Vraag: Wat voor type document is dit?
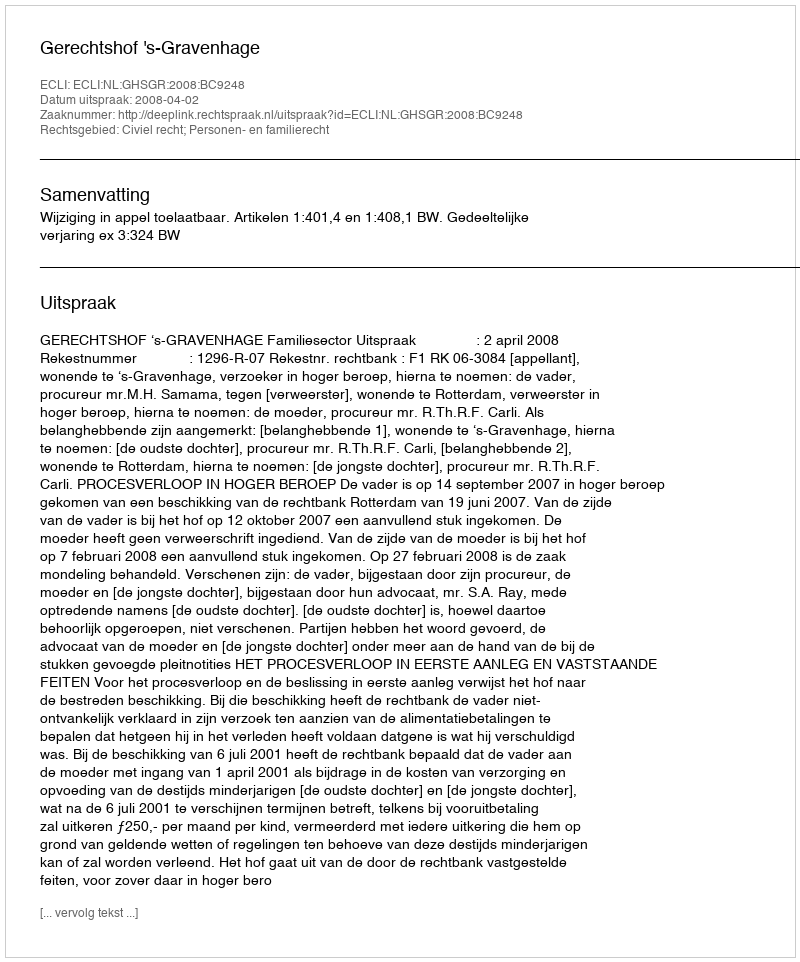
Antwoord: Uitspraak